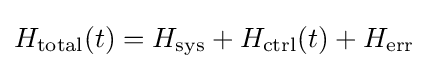
H_{\text{total}}(t)=H_{\text{sys}}+H_{\text{ctrl}}(t)+H_{\text{err}}